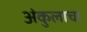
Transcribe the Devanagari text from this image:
अंकुलाचा